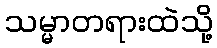
သမ္မာတရားထဲသို့